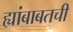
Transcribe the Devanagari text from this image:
ह्यांबाबतची